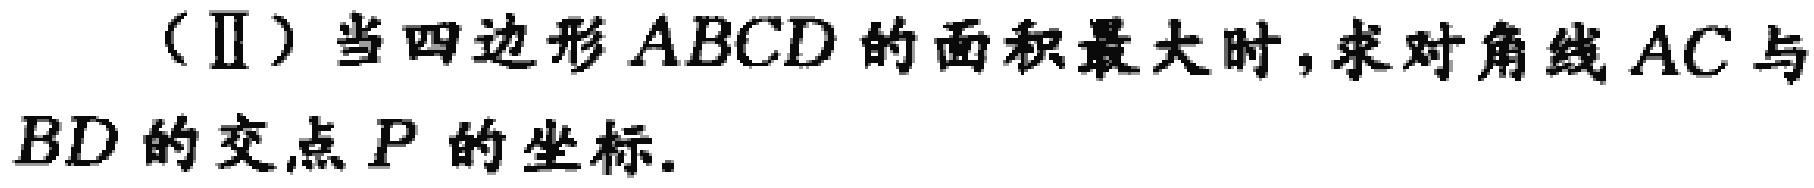
（Ⅱ）当四边形 \(ABCD\) 的面积最大时，求对角线 \(AC\) 与 \(BD\) 的交点 \(P\) 的坐标.